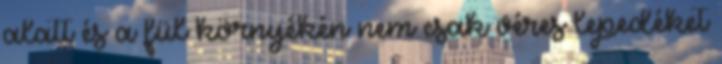
alatt és a fül környékén nem csak véres lepedéket